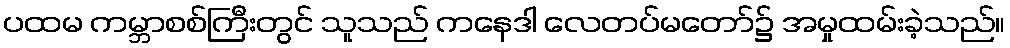
ပထမ ကမ္ဘာစစ်ကြီးတွင် သူသည် ကနေဒါ လေတပ်မတော်၌ အမှုထမ်းခဲ့သည်။